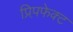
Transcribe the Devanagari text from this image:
प्रिप़फेक्ट